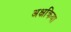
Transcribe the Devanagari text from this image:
अक्षक्रिया